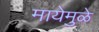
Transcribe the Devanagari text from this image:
मायेमुळे